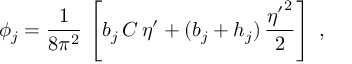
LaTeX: \phi _ { j } = \frac { 1 } { 8 \pi ^ { 2 } } \, \left[ b _ { j } \, C \, \eta ^ { \prime } + ( b _ { j } + h _ { j } ) \, \frac { { \eta ^ { \prime } } ^ { 2 } } { 2 } \right] ~ ,